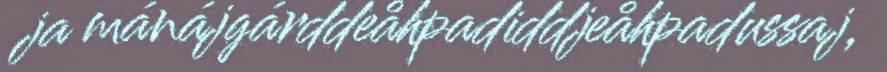
ja mánájgárddeåhpadiddjeåhpadussaj,